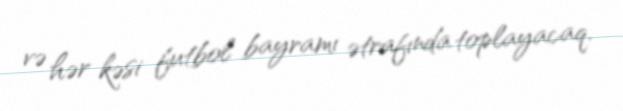
və hər kəsi futbol bayramı ətrafında toplayacaq.